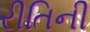
રીતિની